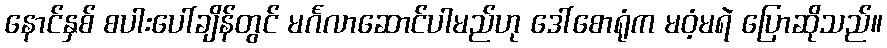
နောင်နှစ် စပါးပေါ်ချိန်တွင် မင်္ဂလာဆောင်ပါမည်ဟု ဒေါ်စောရုံက မဝံ့မရဲ ပြောဆိုသည်။